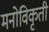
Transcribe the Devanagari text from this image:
मनोविकृती